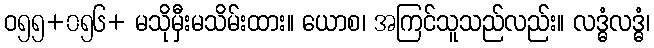
ဝ၅၅+၀၅၆+ မသိုမှီးမသိမ်းထား။ ယောစ၊ အကြင်သူသည်လည်း။ လဒ္ဓံလဒ္ဓံ၊